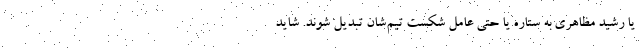
یا رشید مظاهری به ستاره یا حتی عامل شکست تیم‌شان تبدیل شوند. شاید